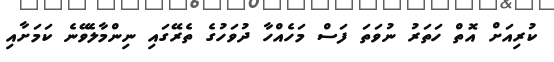
ކުރިއަށް އޮތް ހަތަރު ނުވަތަ ފަސް މަހެއްހާ ދުވަހުގެ ތެރޭގައި ނިންމާލެވޭނެ ކަމަށާއި